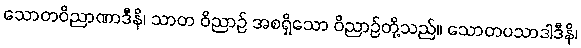
သောတဝိညာဏာဒီနိ၊ သာတ ဝိညာဉ် အစရှိသော ဝိညာဉ်တို့သည်။ သောတပသာဒါဒီနိ၊